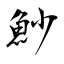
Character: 魦